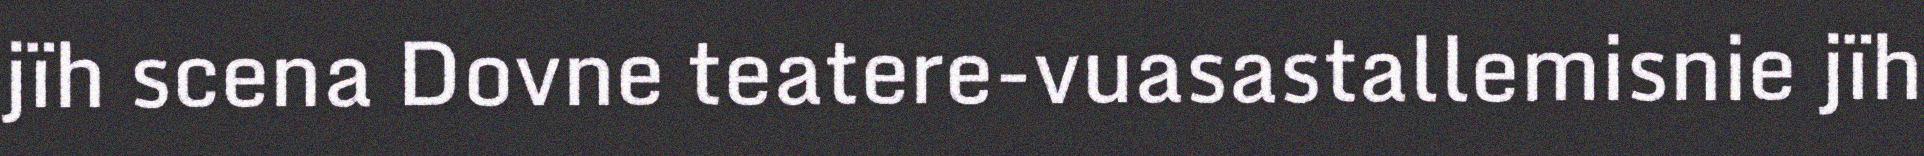
jïh scena Dovne teatere-vuasastallemisnie jïh